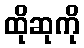
ထိုဆုကို